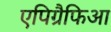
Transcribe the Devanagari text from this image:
एपिग्रैफिआ